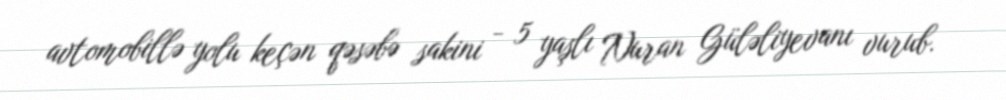
avtomobillə yolu keçən qəsəbə sakini - 5 yaşlı Nuran Güləliyevanı vurub.